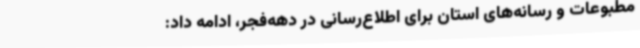
مطبوعات و رسانه‌های استان برای اطلاع‌رسانی در دهه‌فجر، ادامه داد: